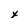
Character: x